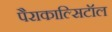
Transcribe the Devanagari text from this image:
पैराकाल्सिटॉल